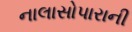
નાલાસોપારાની